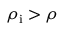
\rho _ { \mathrm { i } } > \rho